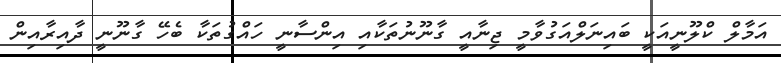
އަމާލް ކްލޫނީއަކީ ބައިނަލްއަގުވާމީ ޖިނާއީ ގާނޫނުތަކާއި އިންސާނީ ހައްގުތަކާ ބެހޭ ގާނޫނީ ދާއިރާއިން